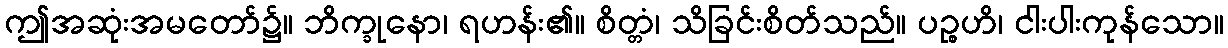
ဤအဆုံးအမတော်၌။ ဘိက္ခုနော၊ ရဟန်း၏။ စိတ္တံ၊ သိခြင်းစိတ်သည်။ ပဉ္စဟိ၊ ငါးပါးကုန်သော။